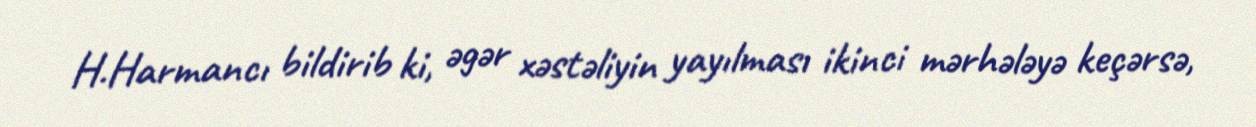
H.Harmancı bildirib ki, əgər xəstəliyin yayılması ikinci mərhələyə keçərsə,